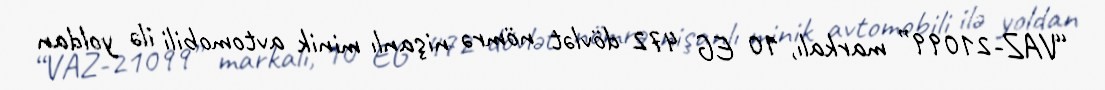
“VAZ-21099” markalı, 10 EG 472 dövlət nömrə nişanlı minik avtomobili ilə yoldan